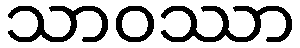
သာဝဿာ